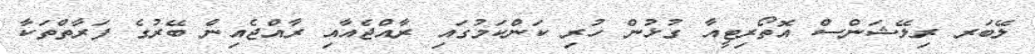
ލޭބަރ ރިލޭޝަންސް އޮތޯރިޓީއާ ގުޅުން ހުރި ކަންކަމުގައި ރާއްޖެއާއި ރާއްޖެއިން ބޭރުގެ ފަރާތްތަކާ